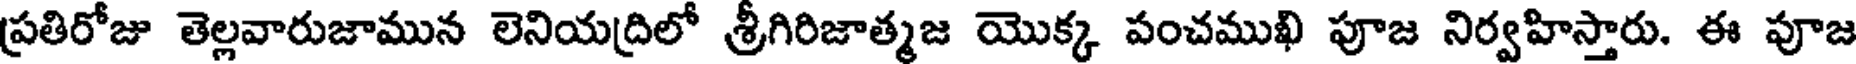
ప్రతిరోజు తెల్లవారుజామున లెనియద్రిలో శ్రీగిరిజాత్మజ యొక్క పంచముఖి పూజ నిర్వహిస్తారు. ఈ పూజ